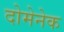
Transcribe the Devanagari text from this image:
दोमेनेक